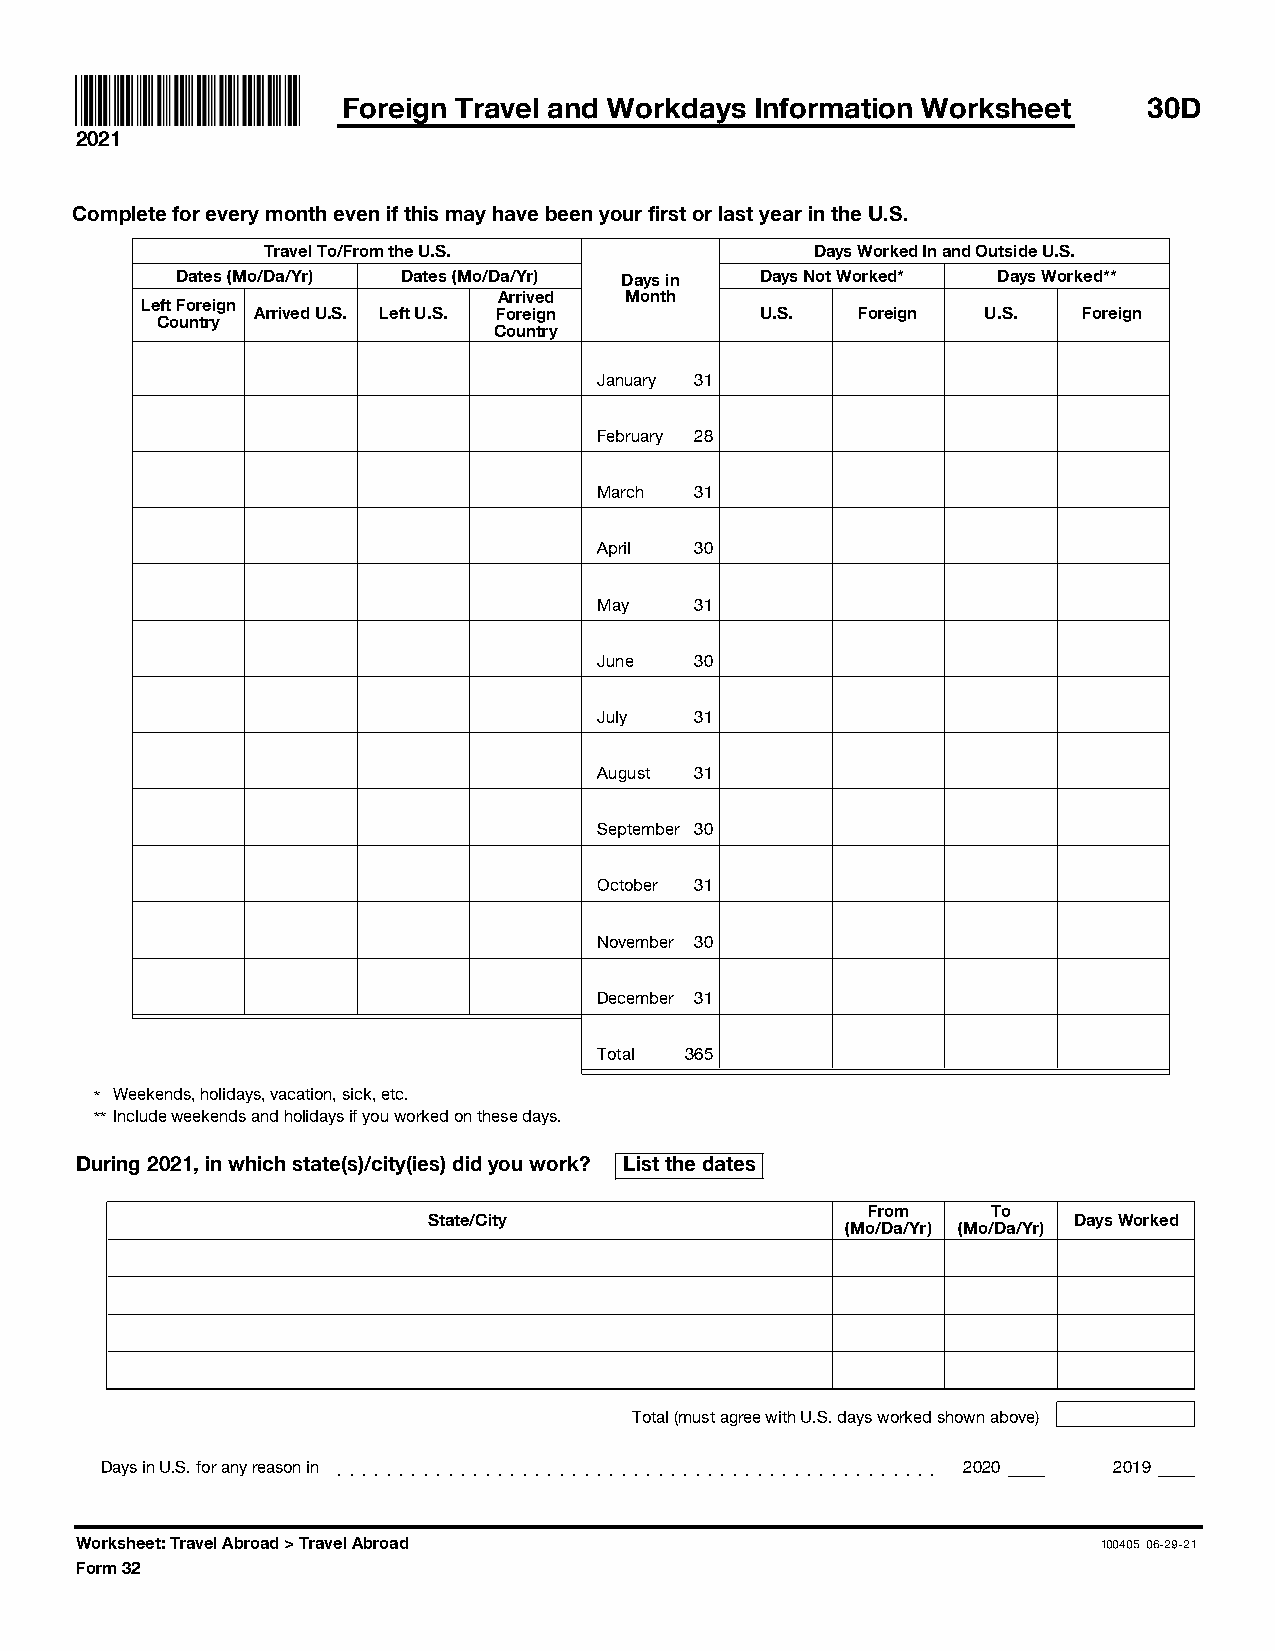
Foreign Travel and Workdays Information Worksheet    30D
 2021
 Complete for every month even if this may have been your first or last year in the U.S.
 Travel To/From the U.S.              Days Worked In and Outside U.S.
 Dates (Mo/Da/Yr) Dates (Mo/Da/Yr) Days in Days Not Worked* Days Worked**
 Arrived Month
 Left Foreign
 Arrived U.S. Left U.S. Foreign   U.S.   Foreign U.S.   Foreign
 Country
 Country
 January 31
 February 28
 March 31
 April 30
 May   31
 June  30
 July  31
 August 31
 September 30
 October 31
 November 30
 December 31
 Total 365
 * Weekends, holidays, vacation, sick, etc.
 ** Include weekends and holidays if you worked on these days.
 During 2021, in which state(s)/city(ies) did you work? List the dates
 From     To
 State/City                                 Days Worked
 (Mo/Da/Yr) (Mo/Da/Yr)
 Total (must agree with U.S. days worked shown above)
 Days in U.S. for any reason in ]]]]]]]]]]]]]]]]]]]]]]]]]]]]]]]]]]]]]]]]]]]]]]]]] 2020 2019
 Worksheet: Travel Abroad > Travel Abroad                            100405 06-29-21
 Form 32